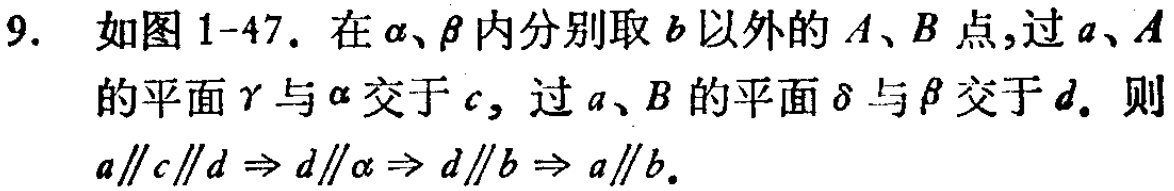
9. 如图1-47. 在\(\alpha\)、\(\beta\)内分别取\(b\)以外的\(A\)、\(B\)点,过\(a\)、\(A\)的平面\(\gamma\)与\(\alpha\)交于\(c\), 过\(a\)、\(B\)的平面\(\delta\)与\(\beta\)交于\(d\). 则\(a\parallel c\parallel d \Rightarrow d\parallel \alpha \Rightarrow d\parallel b \Rightarrow a\parallel b\).